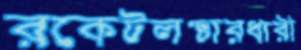
রকেটলঞ্চারধারী